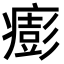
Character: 𤺬